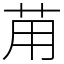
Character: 苚